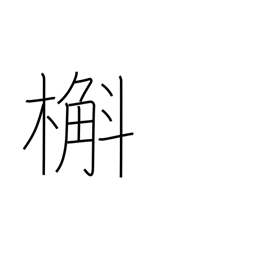
Meaning: oak